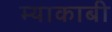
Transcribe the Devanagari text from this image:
म्याकाबी